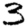
Digit: 3